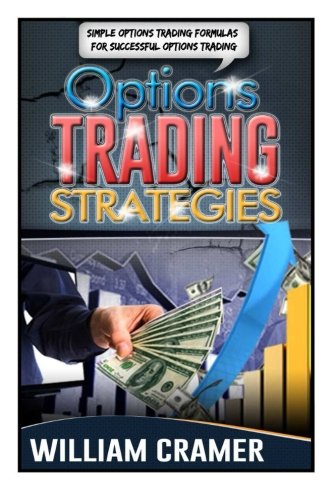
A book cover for Options Trading Strategies: Simple Options Trading Formulas For Successful Options Trading (Options Trading, Options Trading for Beginners, Options Trading Strategies); William Cramer; Business & Money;